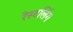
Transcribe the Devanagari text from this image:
रेस्टलिंग